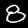
Label: 8